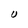
Character: U